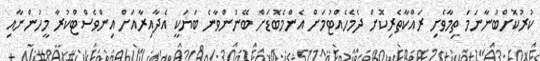
ކުރުކޮށްބުނާނަމަ ތިމާވެށި ރައްކާތެރިކޮށް ދެމެހެއްޓުމަށް އެންމެބޮޑަށް ބޭނުންވާނެ ބަޔަކީ އެދާއިރާއަށް އިންވެސްޓްކުރާ މީހުންނާއި